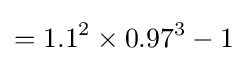
=1.1^{2}\times 0.97^{3}-1